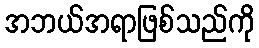
အဘယ်အရာဖြစ်သည်ကို